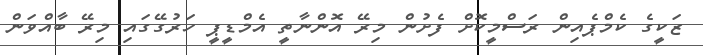
ޒަކީގެ ކެމްޕެއިން ރަސްމީކޮށް ފެށުން މިރޭ އޮންނާތީ އެމްޑީޕީ ހަރުގޭގައި މިރޭ ބާއްވަން